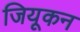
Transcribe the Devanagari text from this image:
जियूकन